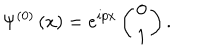
\Psi ^ { \left( 0 \right) } \left( x \right) = e ^ { i p x } \left( \begin{array} { c } { { 0 } } \\ { { 1 } } \\ \end{array} \right) .